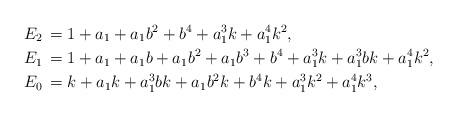
LaTeX: \begin{align*}E_2\,&=1+a_1+a_1 b^2+b^4+a_1^3 k+a_1^4 k^2, \\E_1\,&=1+a_1+a_1 b+a_1 b^2+a_1 b^3+b^4+a_1^3 k+a_1^3 b k+a_1^4 k^2, \\E_0\,&=k+a_1 k+a_1^3 b k+a_1 b^2 k+b^4 k+a_1^3 k^2+a_1^4 k^3, \end{align*}